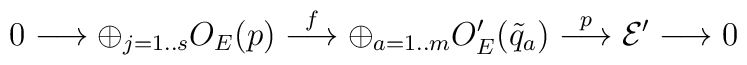
0 \longrightarrow \oplus_{j=1..s}O_E(p)\stackrel{f}{\longrightarrow} \oplus_{a=1..m}O'_E({\tilde q_a})\stackrel{p}{\longrightarrow} {\cal E'}\longrightarrow 0